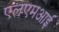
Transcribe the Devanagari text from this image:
एलएमआई